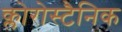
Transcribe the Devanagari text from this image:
क्लोरोस्टैनिक